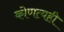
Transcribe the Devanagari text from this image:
कोणत्यही